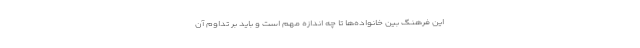
این فرهنگ بین خانواده‌ها تا چه اندازه مهم است و باید بر تداوم آن